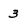
Character: 3